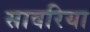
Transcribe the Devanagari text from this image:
सावरिया